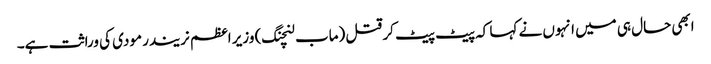
ابھی حال ہی میں انہوں نے کہا کہ پیٹ پیٹ کر قتل (ماب لنچنگ) وزیر اعظم نریندر مودی کی وراثت ہے۔